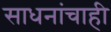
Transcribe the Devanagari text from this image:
साधनांचाही